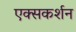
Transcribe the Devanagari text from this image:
एक्सकर्शन